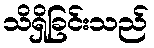
သိရှိခြင်းသည်